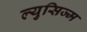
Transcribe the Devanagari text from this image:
ल्युसिज्म